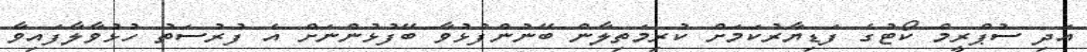
އަދި ސުޕްރީމް ކޯޓުގެ ފަޑިޔާރުކަމަށް ކުރިމަތިލާން ބޭނުންފުޅުވާ ބޭފުޅުންނަށް އެ ފުރުސަތު ހުޅުވާލާފައިވާ